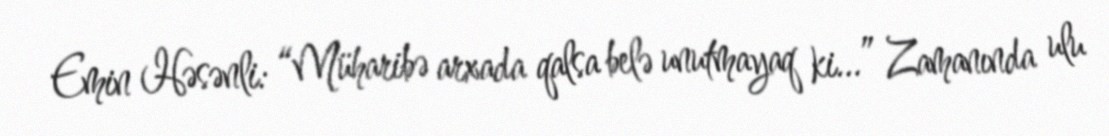
Emin Həsənli: “Müharibə arxada qalsa belə unutmayaq ki...” Zamanında ulu